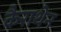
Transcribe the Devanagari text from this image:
कैराथेन